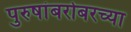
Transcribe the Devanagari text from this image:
पुरुषांबरोबरच्या